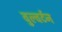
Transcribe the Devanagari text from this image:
वुल्वर्टन